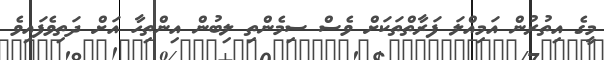
މީގެ އިތުރުން އަމިއްލަ ފަރާތްތަކަށް ވެސް ސިމެންތި ލިބުން އިންތިހާ އަށް ދަތިވެފައިވެ